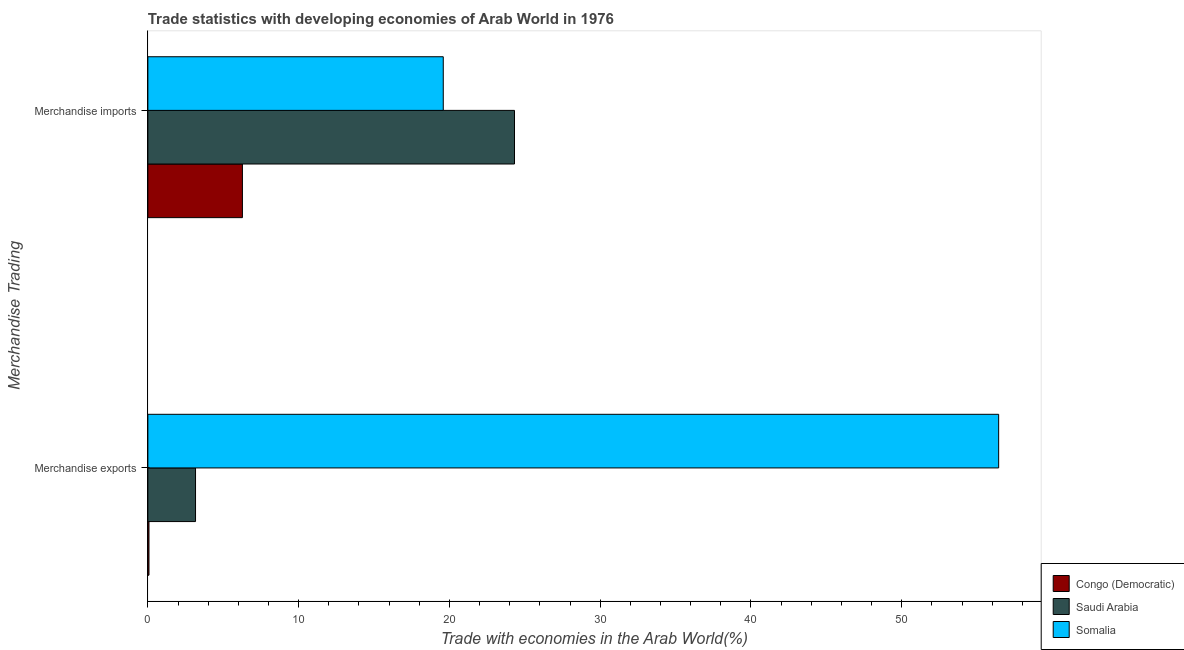
| Merchandise Trading | Congo (Democratic) | Saudi Arabia | Somalia |
 | --- | --- | --- | --- |
 | Merchandise exports | 0.0741 | 3.16 | 56.4 |
 | Merchandise imports | 6.27 | 24.3 | 19.6 |